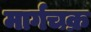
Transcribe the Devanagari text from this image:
मार्गचक्र